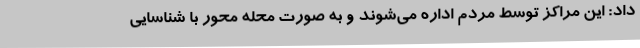
داد: این مراکز توسط مردم اداره می‌شوند و به صورت محله محور با شناسایی